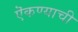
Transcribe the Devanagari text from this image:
ऎकण्याची